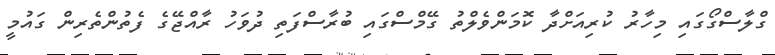
ގްލާސްގޯގައި މިހާރު ކުރިއަށްދާ ކޮމަންވެލްތު ގޭމްސްގައި ބުރާސްފަތި ދުވަހު ރާއްޖޭގެ ފެތުންތެރިން ގައުމީ